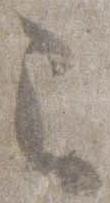
之